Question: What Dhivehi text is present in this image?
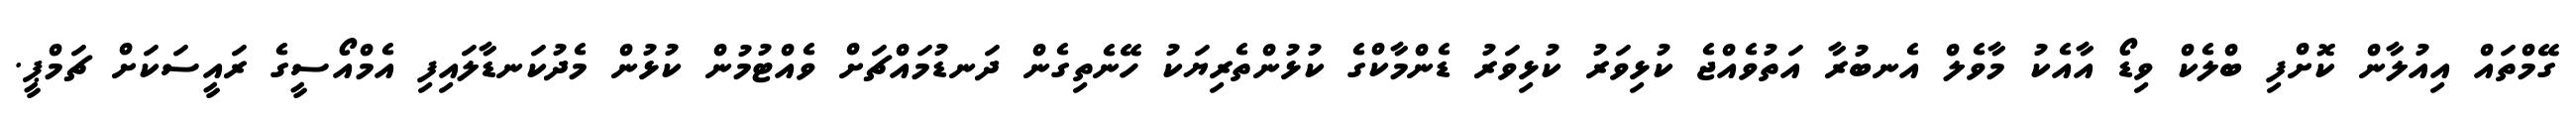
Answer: ގޭމްތައް އިއުލާން ކޮށްފި ބްލެކް ވިޑޯ އާއެކު މާވެލް އެނބުރާ އަތުވެއްޖެ ކުޅިވަރު ކުޅިވަރު ޑެންމާކްގެ ކުޅުންތެރިޔަކު ހޭނެތިގެން ދަނޑުމައްޗަށް ވެއްޓުމުން ކުޅުން މެދުކަނޑާލައިފި އެމްއޯސީގެ ރައީސަކަށް ޗަމްޕީ.